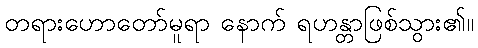
တရားဟောတော်မူရာ နောက် ရဟန္တာဖြစ်သွား၏။